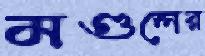
মণ্ডলের